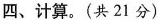
四、计算。(共21分)